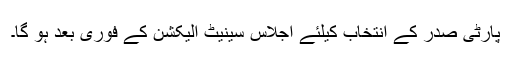
پارٹی صدر کے انتخاب کیلئے اجلاس سینیٹ الیکشن کے فوری بعد ہو گا۔